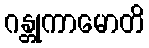
ဂန္တုကာမောတိ